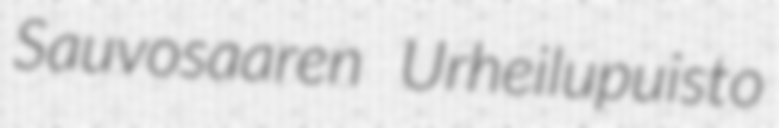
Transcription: Sauvosaaren Urheilupuisto